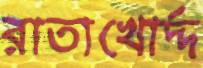
রাতাখোর্দ্দ